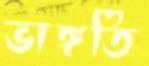
ভাঙ্গতি